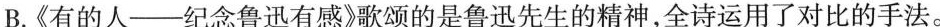
B.《有的人--纪念鲁迅有感》歌颂的是鲁迅先生的精神，全诗运用了对比的手法。